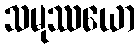
သမုဿယော